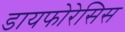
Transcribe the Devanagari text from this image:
डायफोरेसिस